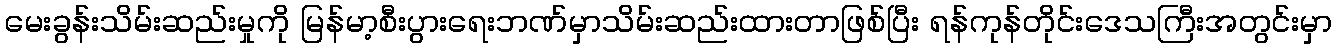
မေးခွန်းသိမ်းဆည်းမှုကို မြန်မာ့စီးပွားရေးဘဏ်မှာသိမ်းဆည်းထားတာဖြစ်ပြီး ရန်ကုန်တိုင်းဒေသကြီးအတွင်းမှာ